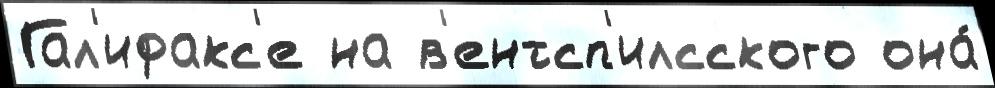
Гал'ифакс'е на в'ентсп'илсского она́